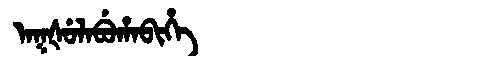
Manchu: ᠠᡴᡧᡠᠯᠠᠪᡠᡥᠠᠪᡳᡥᡝ
Romanization: AKŠULABUHABIHE